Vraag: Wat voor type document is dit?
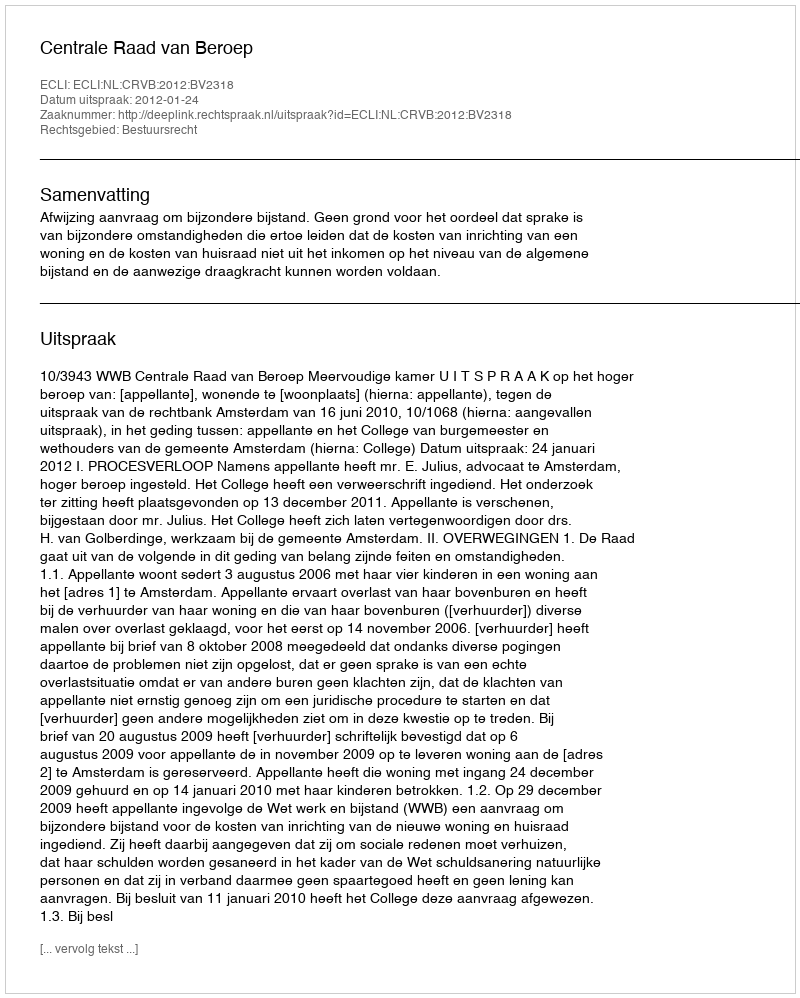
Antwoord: Uitspraak